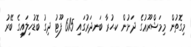
މިގޮތުން މިމަޝްރޫޢުގެ ދަށުން ކ.ހުރާ ބަނދަރުގައި 615 ފޫޓު ދިގު ބޮޑުހިލައިގެ ބޭރު